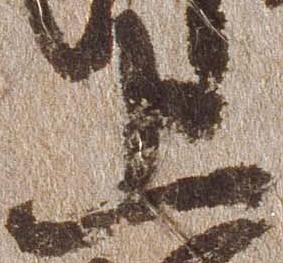
上